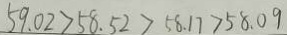
5 9 . 0 2 > 5 8 . 5 2 > 5 8 . 1 7 > 5 8 . 0 9